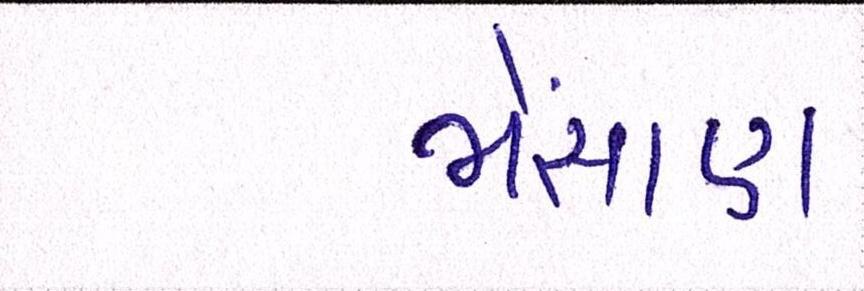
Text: ભેંસાણ